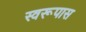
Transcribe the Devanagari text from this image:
स्वरूपास